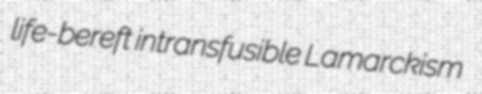
life-bereft intransfusible Lamarckism